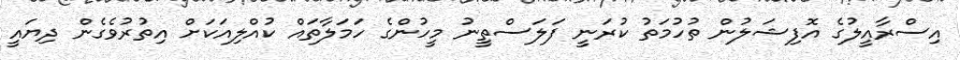
އިސްރާއީލުގެ އޮފިޝަލުން ތުހުމަތު ކުރަނީ ފަލަސްތީނު މީހުންގެ ހަމަލާތައް ކުއްލިއަކަށް އިތުރުވެގެން ދިޔައީ